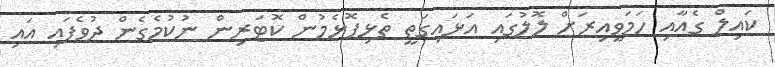
ކައިލް ގެއާއި ހަމަވީއިރަށް ލޮލުގައި އަޅައިގަތީ ތެޅިފޮޅެމުން ކޮޓަރިން ނުކުމެގެން ދުވެފައި އައި